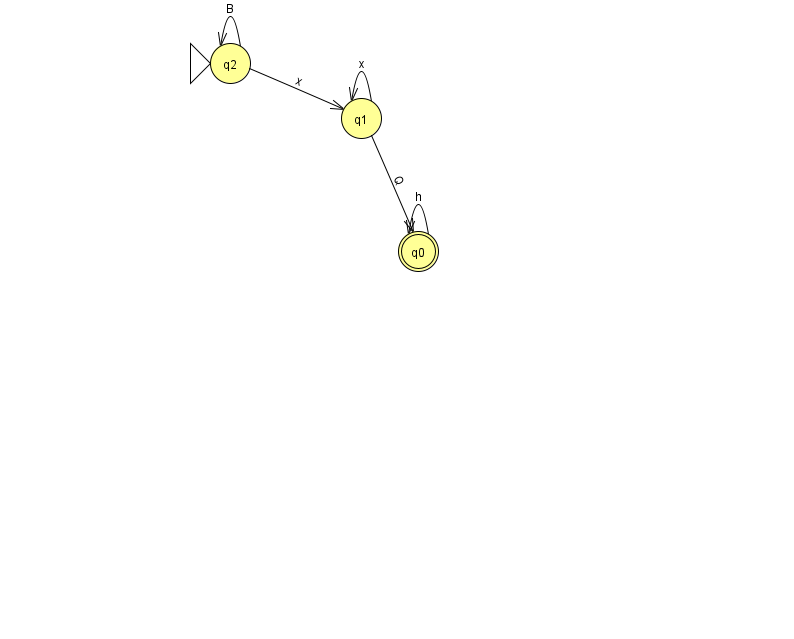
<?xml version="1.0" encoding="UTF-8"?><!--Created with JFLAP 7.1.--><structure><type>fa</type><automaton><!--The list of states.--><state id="0" name="q0"><x>418.0</x><y>238.0</y><final/></state><state id="1" name="q1"><x>361.0</x><y>105.0</y></state><state id="2" name="q2"><x>230.0</x><y>50.0</y><initial/></state><!--The list of transitions.--><transition><from>1</from><to>0</to><read>Q</read></transition><transition><from>2</from><to>2</to><read>B</read></transition><transition><from>0</from><to>0</to><read>h</read></transition><transition><from>1</from><to>1</to><read>x</read></transition><transition><from>2</from><to>1</to><read>x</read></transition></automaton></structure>